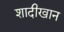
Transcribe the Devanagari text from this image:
शादीखान